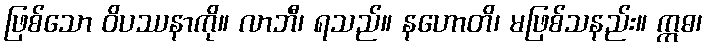
ဖြစ်သော ဝိပဿနာကို။ လာဘီ၊ ရသည်။ နဟောတိ၊ မဖြစ်သနည်း။ ဣဓ၊